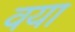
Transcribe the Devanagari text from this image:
वया